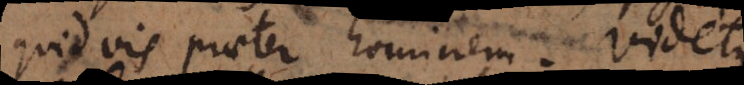
quidvis praeter hominem. Videtur